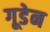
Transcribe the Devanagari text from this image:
गूडेन